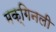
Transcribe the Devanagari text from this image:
मक्गिनली